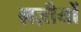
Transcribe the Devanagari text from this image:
ग़ज़ीयों